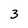
Character: 3